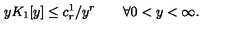
y K _ { 1 } [ y ] \leq c _ { r } ^ { 1 } / y ^ { r } \qquad \forall 0 < y < \infty .